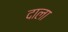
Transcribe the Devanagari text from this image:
दाला